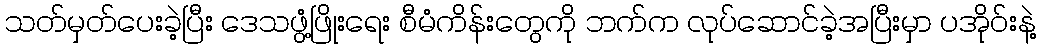
သတ်မှတ်ပေးခဲ့ပြီး ဒေသဖွံ့ဖြိုးရေး စီမံကိန်းတွေကို ဘက်က လုပ်ဆောင်ခဲ့အပြီးမှာ ပအိုဝ်းနဲ့